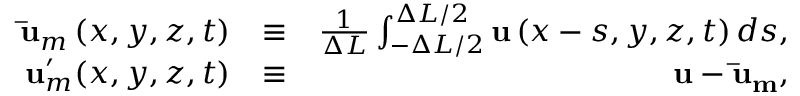
\begin{array} { r l r } { \mathbf { \bar { u } } _ { m } \left( x , y , z , t \right) } & { \equiv } & { \frac { 1 } { \Delta L } \int _ { - \Delta L / 2 } ^ { \Delta L / 2 } { \mathbf { u } \left( x - s , y , z , t \right) d s } , } \\ { \mathbf { u } _ { m } ^ { \prime } ( x , y , z , t ) } & { \equiv } & { \mathbf { u } - \mathbf { \bar { u } _ { m } } , } \end{array}